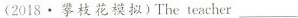
(2018·攀枝花模拟)The teacher___